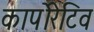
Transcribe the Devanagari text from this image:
कार्पोरेटिव